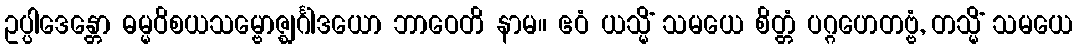
ဥပ္ပါဒေန္တော ဓမ္မဝိစယသမ္ဗောဇ္ဈင်္ဂါဒယော ဘာဝေတိ နာမ။ ဧဝံ ယသ္မိံ သမယေ စိတ္တံ ပဂ္ဂဟေတဗ္ဗံ, တသ္မိံ သမယေ